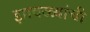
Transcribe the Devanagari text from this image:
झावळ्यांची